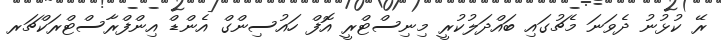
ރޭ ކުޅުނު ދެވަނަ މެޗުގައި ބައްދަލުކުރީ މިނިސްޓްރީ އޮފް ހައުސިންގް އެންޑް އިންފްރާސްޓްރަކްޗަރ